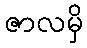
ဇာလမှိ